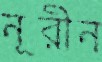
নূরীন